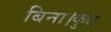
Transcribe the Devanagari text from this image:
बिना।कुछ